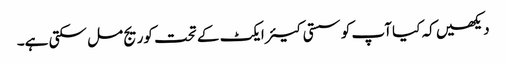
دیکھیں کہ کیا آپ کو سستی کیئر ایکٹ کے تحت کوریج مل سکتی ہے۔